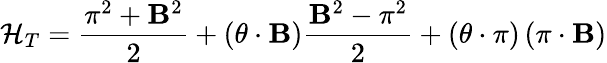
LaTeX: {\cal H}_{T}=\frac{{\mathbf\pi}^{2}+{\mathbf B}^{2}}{2}+({\mathbf\theta}\cdot{\mathbf B})\frac{{\mathbf B}^{2}-{\mathbf\pi}^{2}}{2}+\left({\mathbf\theta}\cdot{\mathbf\pi}\right)\left({\mathbf\pi}\cdot{\mathbf B}\right)